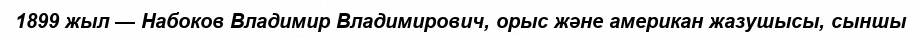
1899 жыл — Набоков Владимир Владимирович, орыс және американ жазушысы, сыншы